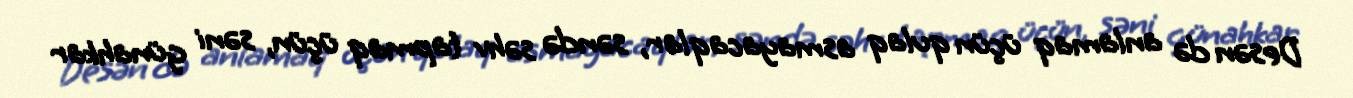
Desən də anlamaq üçün qulaq asmayacaqlar, səndə səhv tapmaq üçün, səni günahkar